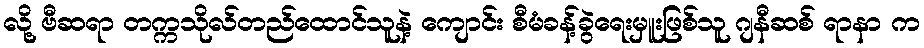
လို့ ဗီဆရာ တက္ကသိုလ်တည်ထောင်သူနဲ့ ကျောင်း စီမံခန့်ခွဲရေးမှူးဖြစ်သူ ဂျနီဆစ် ရာနာ က